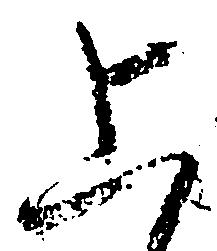
上